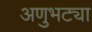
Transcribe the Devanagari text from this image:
अणुभट्या